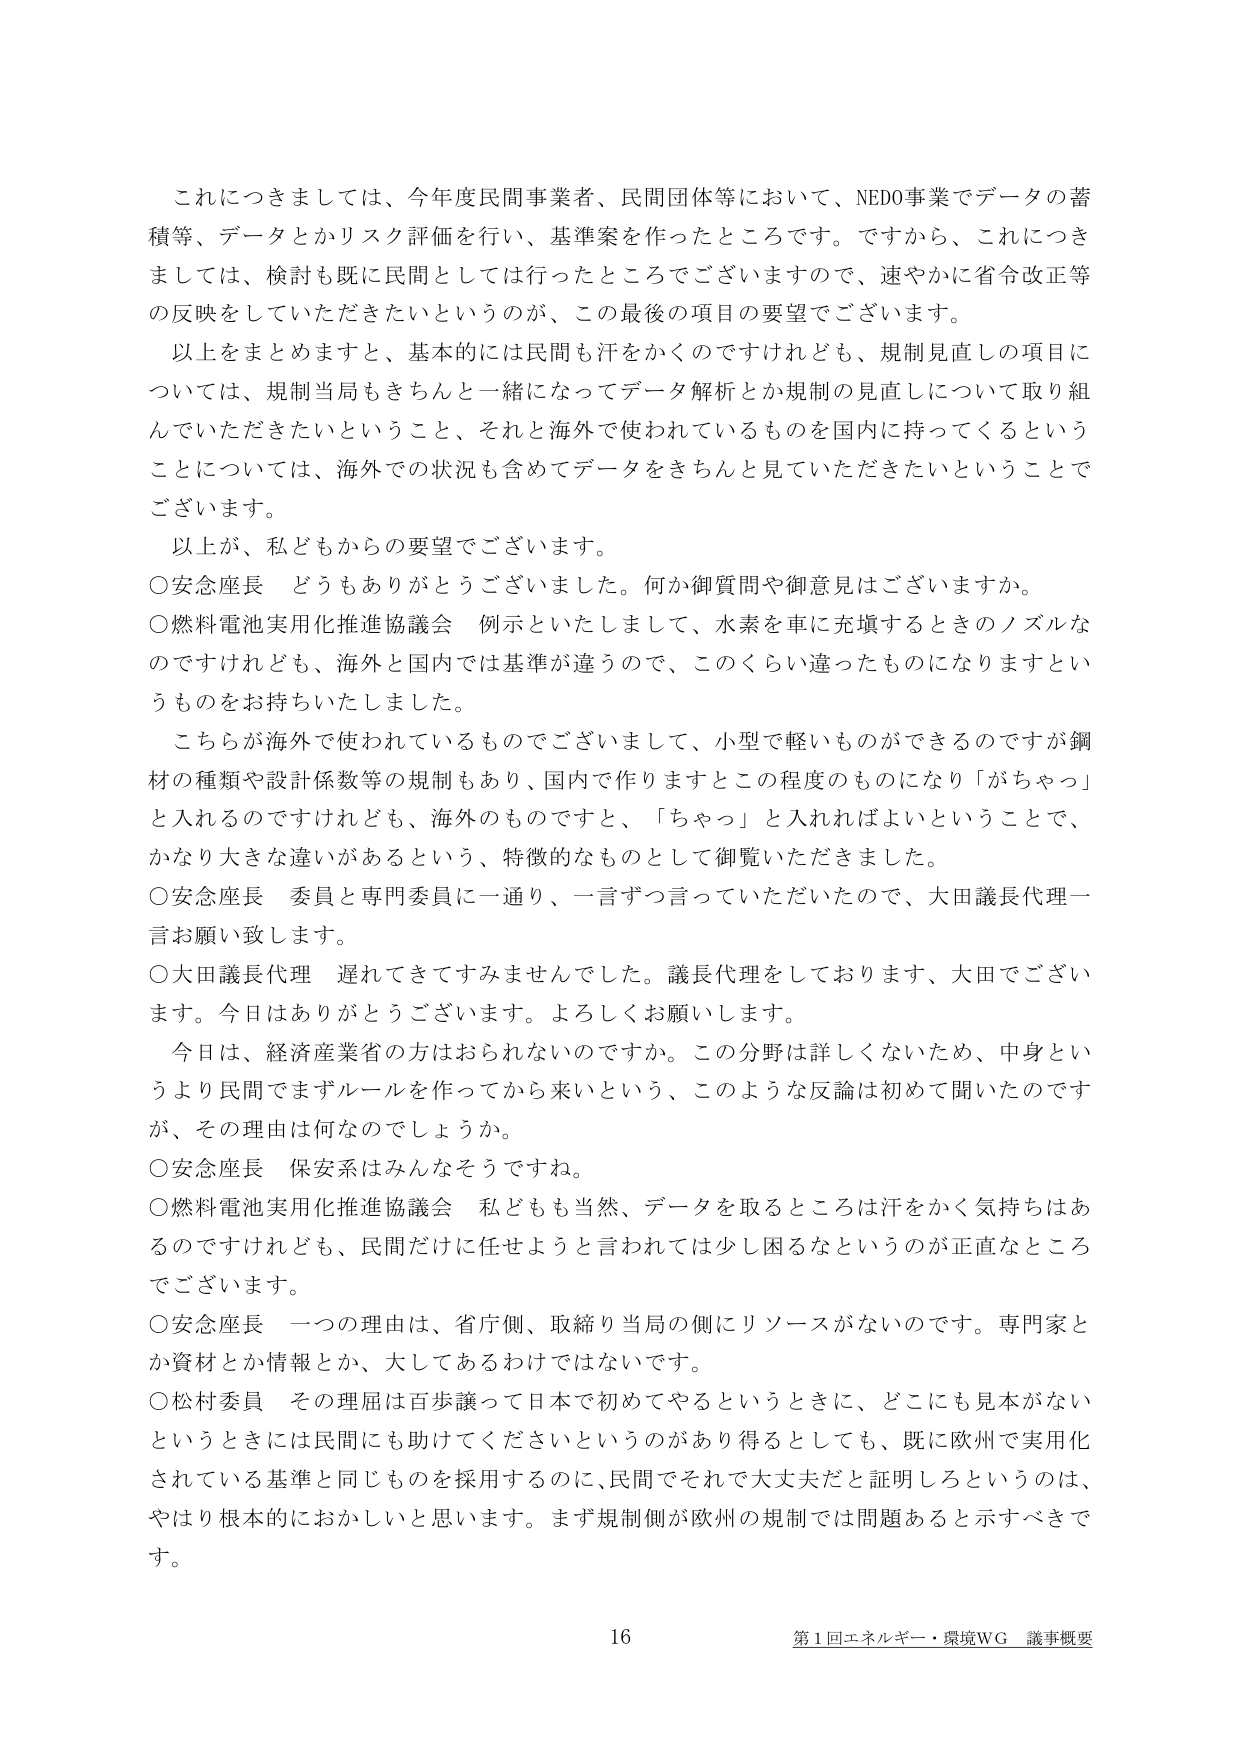
これにつきましては、今年度民間事業者、民間団体等において、NEDO事業でデータの蓄積等、データとリスク評価を行い、基準案を作ったところです。ですから、これにつきましては、検討も既に民間としては行ったところでございますので、速やかに省令改正等の反映をしていただきたいというのが、この最後の項目の要望でございます。

以上をまとめますと、基本的には民間も汗をかくのですけれども、規制見直しの項目については、規制当局もきちんと一緒になってデータ解析とか規制の見直しについて取り組んでいただきたいということ、それと海外で使われているものを国内に持ってくるということについては、海外での状況も含めてデータをきちんと見ていただきたいということでございます。

以上が、私どもからの要望でございます。

○安念座長　どうもありがとうございました。何か御質問や御意見はございますか。

○燃料電池実用化推進協議会　例示といたしまして、水素を車に充填するときのノズルなのですが、海外と国内では基準が違うので、このくらい違ったものになりますというもをお持ちいたしました。

こちらが海外で使われているものでございまして、小型で軽いものができるのですが鋼材の種類や設計係数等の規制もあり、国内で作りますとこの程度のものになり「がちゃっ」と入れるのですけれども、海外のものですと、「ちゃっ」と入れればよいということで、かなり大きな違いがあるという、特徴的なものとして御覧いただきました。

○安念座長　委員と専門委員に一通り、一言ずつ言っていただいたので、大田議長代理一言お願い致します。

○大田議長代理　遅れてきてすみませんでした。議長代理をしております、大田でございます。今日はありがとうございます。よろしくお願いします。

今日は、経済産業省の方はおられないのですか。この分野は詳しくないため、中身というより民間でまずルールを作ってから来いという、このような反論は初めて聞いたのですが、その理由は何なのでしょうか。

○安念座長　保安系はみんなそうですね。

○燃料電池実用化推進協議会　私どもも当然、データを取るところは汗をかく気持ちはあるのですけれども、民間だけに任せようと言われては少し困るというのが正直なところでございます。

○安念座長　一つの理由は、省庁側、取締り当局の側にリソースがないのです。専門家とか資材とか情報とか、大してあるわけではないです。

○松村委員　その理屈は百歩譲って日本で初めてやるというときに、どこにも見本がないというときには民間にも助けてくださいというのがあり得るとしても、既に欧州で実用化されている基準と同じものを採用するのに、民間でそれで大丈夫だと証明しろというのは、やはり根本的におかしいと思います。まず規制側が欧州の規制では問題あると示すべきです。

16
第1回エネルギー・環境WG 議事概要